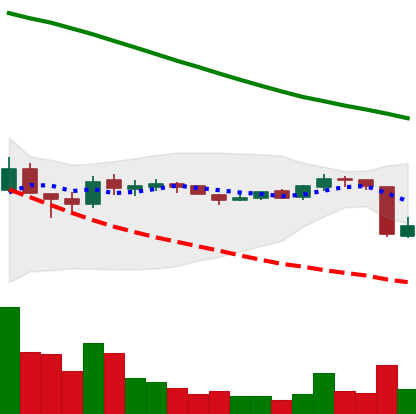
Ticker: ADA-USD
Chart end date: 2018-10-12
Forward return: 5.728%
Label: up_5_7